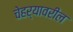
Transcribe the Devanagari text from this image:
चेहर्यावरील